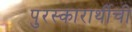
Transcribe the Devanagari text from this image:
पुरस्कारार्थीची